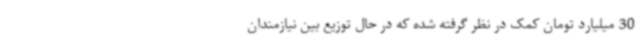
30 میلیارد تومان کمک در نظر گرفته شده که در حال توزیع بین نیازمندان